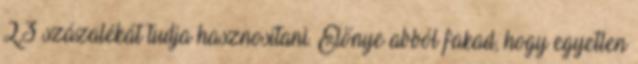
2,3 százalékát tudja hasznosítani. Előnye abból fakad, hogy egyetlen